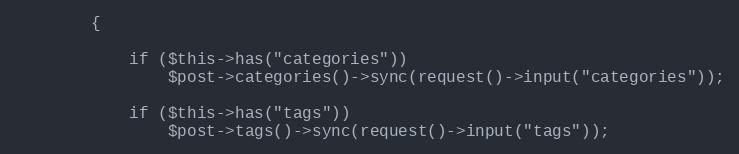
Language: PHP
        {

            if ($this->has("categories"))
                $post->categories()->sync(request()->input("categories"));

            if ($this->has("tags"))
                $post->tags()->sync(request()->input("tags"));